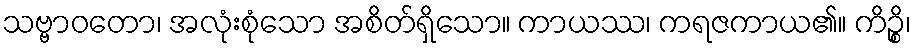
သဗ္ဗာဝတော၊ အလုံးစုံသော အစိတ်ရှိသော။ ကာယဿ၊ ကရဇကာယ၏။ ကိဉ္စိ၊